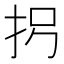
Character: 𪭦